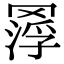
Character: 𦋵